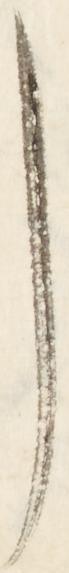
し